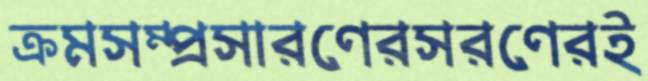
ক্রমসম্প্রসারণেরসরণেরই